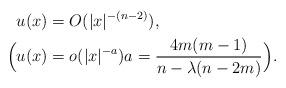
LaTeX: \begin{align*} u(x) &= O(|x|^{-(n-2)}),\\\Big( u(x) &= o(|x|^{-a}) a=\frac{4m(m-1)}{n-\lambda(n-2m)}\Big).\end{align*}